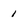
Character: 1